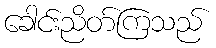
ခေါင်းညိတ်ကြသည်